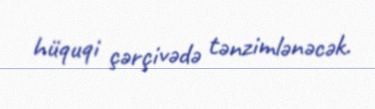
hüquqi çərçivədə tənzimlənəcək.